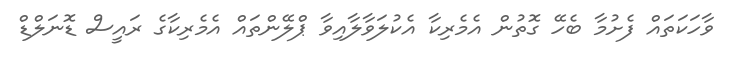
ވާހަކަތައް ފެށުމާ ބެހޭ ގޮތުން އެމެރިކާ އެކުލަވާލާއިވާ ޕްލޭންތައް އެމެރިކާގެ ރައީސް ޑޮނަލްޑް